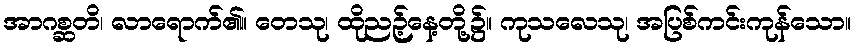
အာဂစ္ဆတိ၊ လာရောက်၏။ တေသု၊ ထိုညဉ့်နေ့တို့၌။ ကုသလေသု၊ အပြစ်ကင်းကုန်သော။